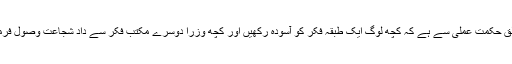
یاا س کا تعلق حکمت عملی سے ہے کہ کچھ لوگ ایک طبقہ فکر کو آسودہ رکھیں اور کچھ وزرا دوسرے مکتب فکر سے داد شجاعت وصول فرماتے رہیں؟